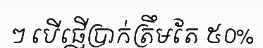
ៗ បើផ្ញើប្រាក់ត្រឹមតែ ៥០%